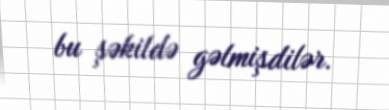
bu şəkildə gəlmişdilər.